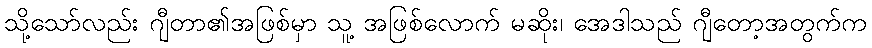
သို့သော်လည်း ဂျီတာ၏အဖြစ်မှာ သူ့ အဖြစ်လောက် မဆိုး၊ အေဒါသည် ဂျီတော့အတွက်က